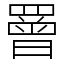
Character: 罾